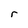
Character: r